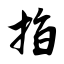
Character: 指